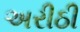
અરીઠી